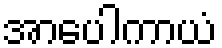
အာပေါကာယံ